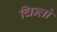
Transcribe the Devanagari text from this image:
चिन्तो